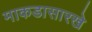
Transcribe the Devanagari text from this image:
माकडासारखे